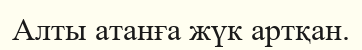
Алты атанға жүк артқан.